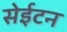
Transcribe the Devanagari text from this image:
सेईटन